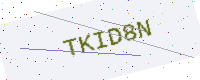
Text: TKID8N